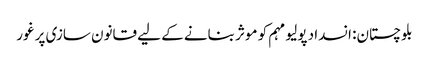
بلوچستان: انسداد پولیو مہم کو موثر بنانے کے لیے قانون سازی پر غور